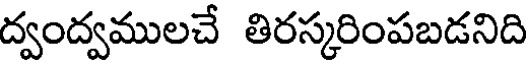
ద్వంద్వములచే తిరస్కరింపబడనిది